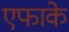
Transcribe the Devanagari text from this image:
एफाके